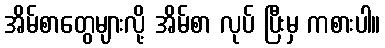
အိမ်စာတွေများလို့ အိမ်စာ လုပ် ပြီးမှ ကစားပါ။